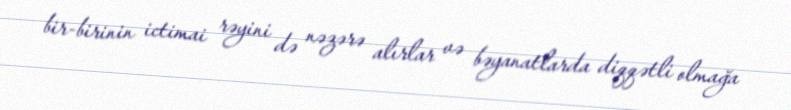
bir-birinin ictimai rəyini də nəzərə alırlar və bəyanatlarda diqqətli olmağa